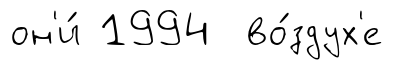
он'и́ 1994 во́здух'е